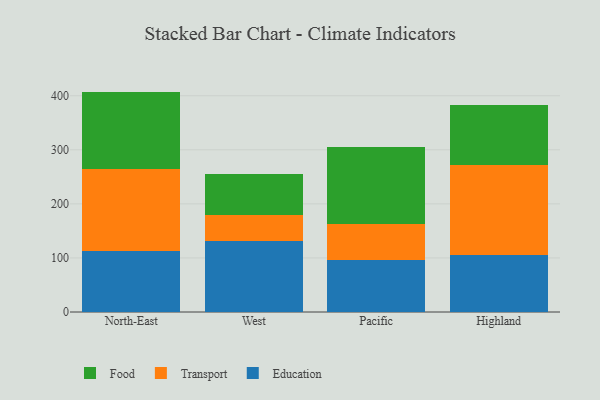
{"axis": {"x": "Region", "y": "Temperature (°C)"}, "legend": ["Education", "Food", "Transport"], "data": [{"x": "North-East", "y": 112.5, "type": "Education"}, {"x": "North-East", "y": 151.6, "type": "Transport"}, {"x": "North-East", "y": 143.6, "type": "Food"}, {"x": "West", "y": 131.2, "type": "Education"}, {"x": "West", "y": 49.0, "type": "Transport"}, {"x": "West", "y": 75.9, "type": "Food"}, {"x": "Pacific", "y": 97.1, "type": "Education"}, {"x": "Pacific", "y": 64.8, "type": "Transport"}, {"x": "Pacific", "y": 143.6, "type": "Food"}, {"x": "Highland", "y": 106.3, "type": "Education"}, {"x": "Highland", "y": 165.6, "type": "Transport"}, {"x": "Highland", "y": 111.3, "type": "Food"}]}